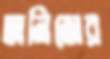
তানিজের